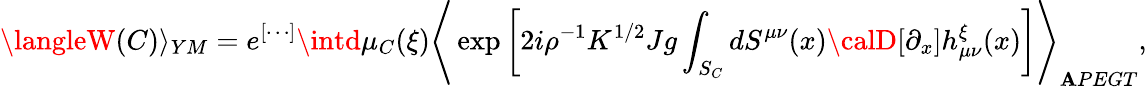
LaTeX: \langleW(C)\rangle_{YM}=e^{[\cdots]}\intd\mu_{C}(\xi)\Biggr\langle\exp\left[2i\rho^{-1}K^{1/2}Jg\int_{S_{C}}dS^{\mu\nu}(x){\calD}[\partial_{x}]h_{\mu\nu}^{\xi}(x)\right]\Biggr\rangle_{\mathbf{A}PEGT},